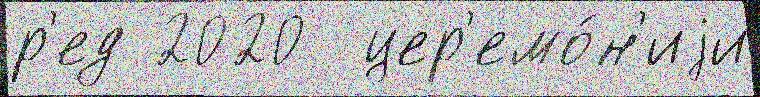
р'ед 2020  цер'емо́н'иjи